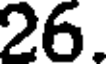
26.